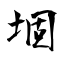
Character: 堌